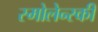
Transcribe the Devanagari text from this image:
स्मोलेन्स्की